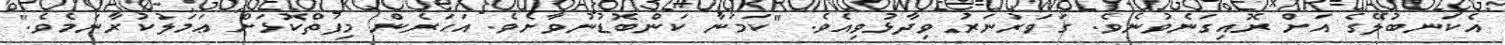
އެކަނބުލޭގެ އަށް ރޮއިގަނެވުނެވެ. ގަވަރުނަރު ވިދާޅުވިއެވެ. "ކަމަނާ ކަންބޮޑުނުވާށެވެ. އަހަރެން މިފަތްކޮޅަށް ޢަމަލުކުރާނަމެވެ."